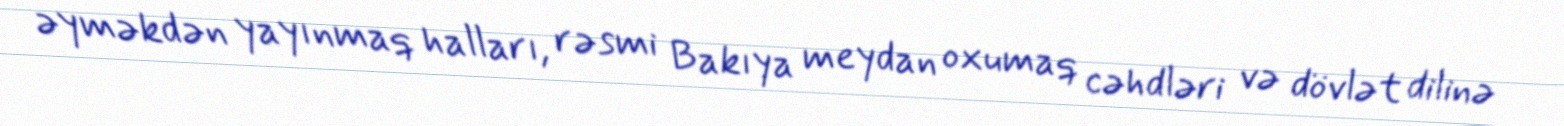
əyməkdən yayınmaq halları, rəsmi Bakıya meydan oxumaq cəhdləri və dövlət dilinə